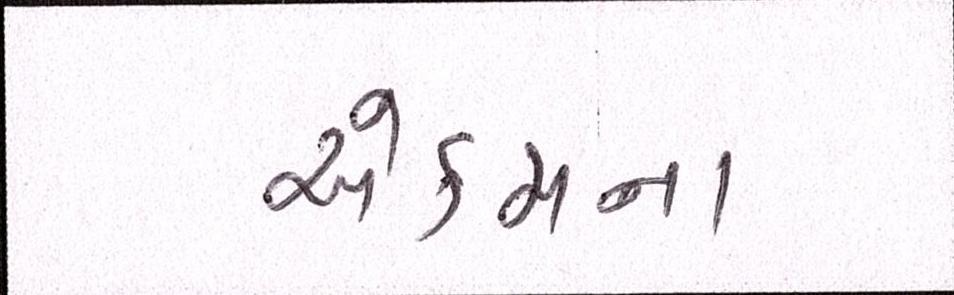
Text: એકમના